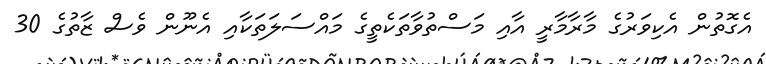
އެގޮތުން އެކިވަރުގެ މާރާމާރީ އާއި މަސްތުވާތަކެތީގެ މައްސަލަތަކާއި އެނޫން ވެސް ޒާތުގެ 30